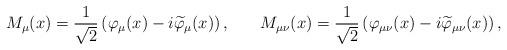
LaTeX: \begin{align*}M_\mu (x)=\frac 1{\sqrt{2}}\left( \varphi_\mu(x)-i\widetilde{\varphi}_\mu (x)\right) , \hspace{0.3in}M_{\mu \nu}(x)=\frac 1{\sqrt{2}}\left( \varphi _{\mu \nu }(x)-i\widetilde{\varphi}_{\mu \nu }(x)\right) ,\end{align*}